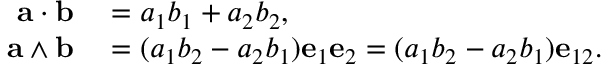
\begin{array} { r l } { \mathbf { a } \cdot \mathbf { b } } & { { } = a _ { 1 } b _ { 1 } + a _ { 2 } b _ { 2 } , } \\ { \mathbf { a } \wedge \mathbf { b } } & { { } = ( a _ { 1 } b _ { 2 } - a _ { 2 } b _ { 1 } ) \mathbf { e } _ { 1 } \mathbf { e } _ { 2 } = ( a _ { 1 } b _ { 2 } - a _ { 2 } b _ { 1 } ) \mathbf { e } _ { 1 2 } . } \end{array}